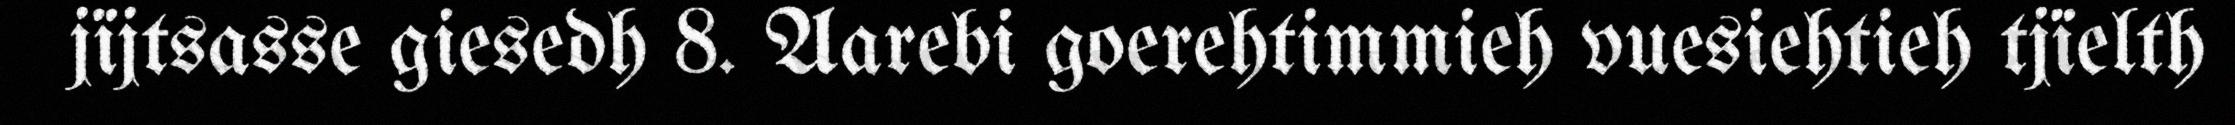
jïjtsasse giesedh 8. Aarebi goerehtimmieh vuesiehtieh tjïelth